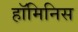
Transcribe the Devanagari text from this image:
हॉमिनिस